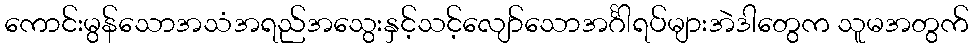
ကောင်းမွန်သောအသံအရည်အသွေးနှင့်သင့်လျော်သောအင်္ဂါရပ်များအဲဒါတွေက သူမအတွက်